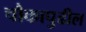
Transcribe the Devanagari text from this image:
चौकापुढील